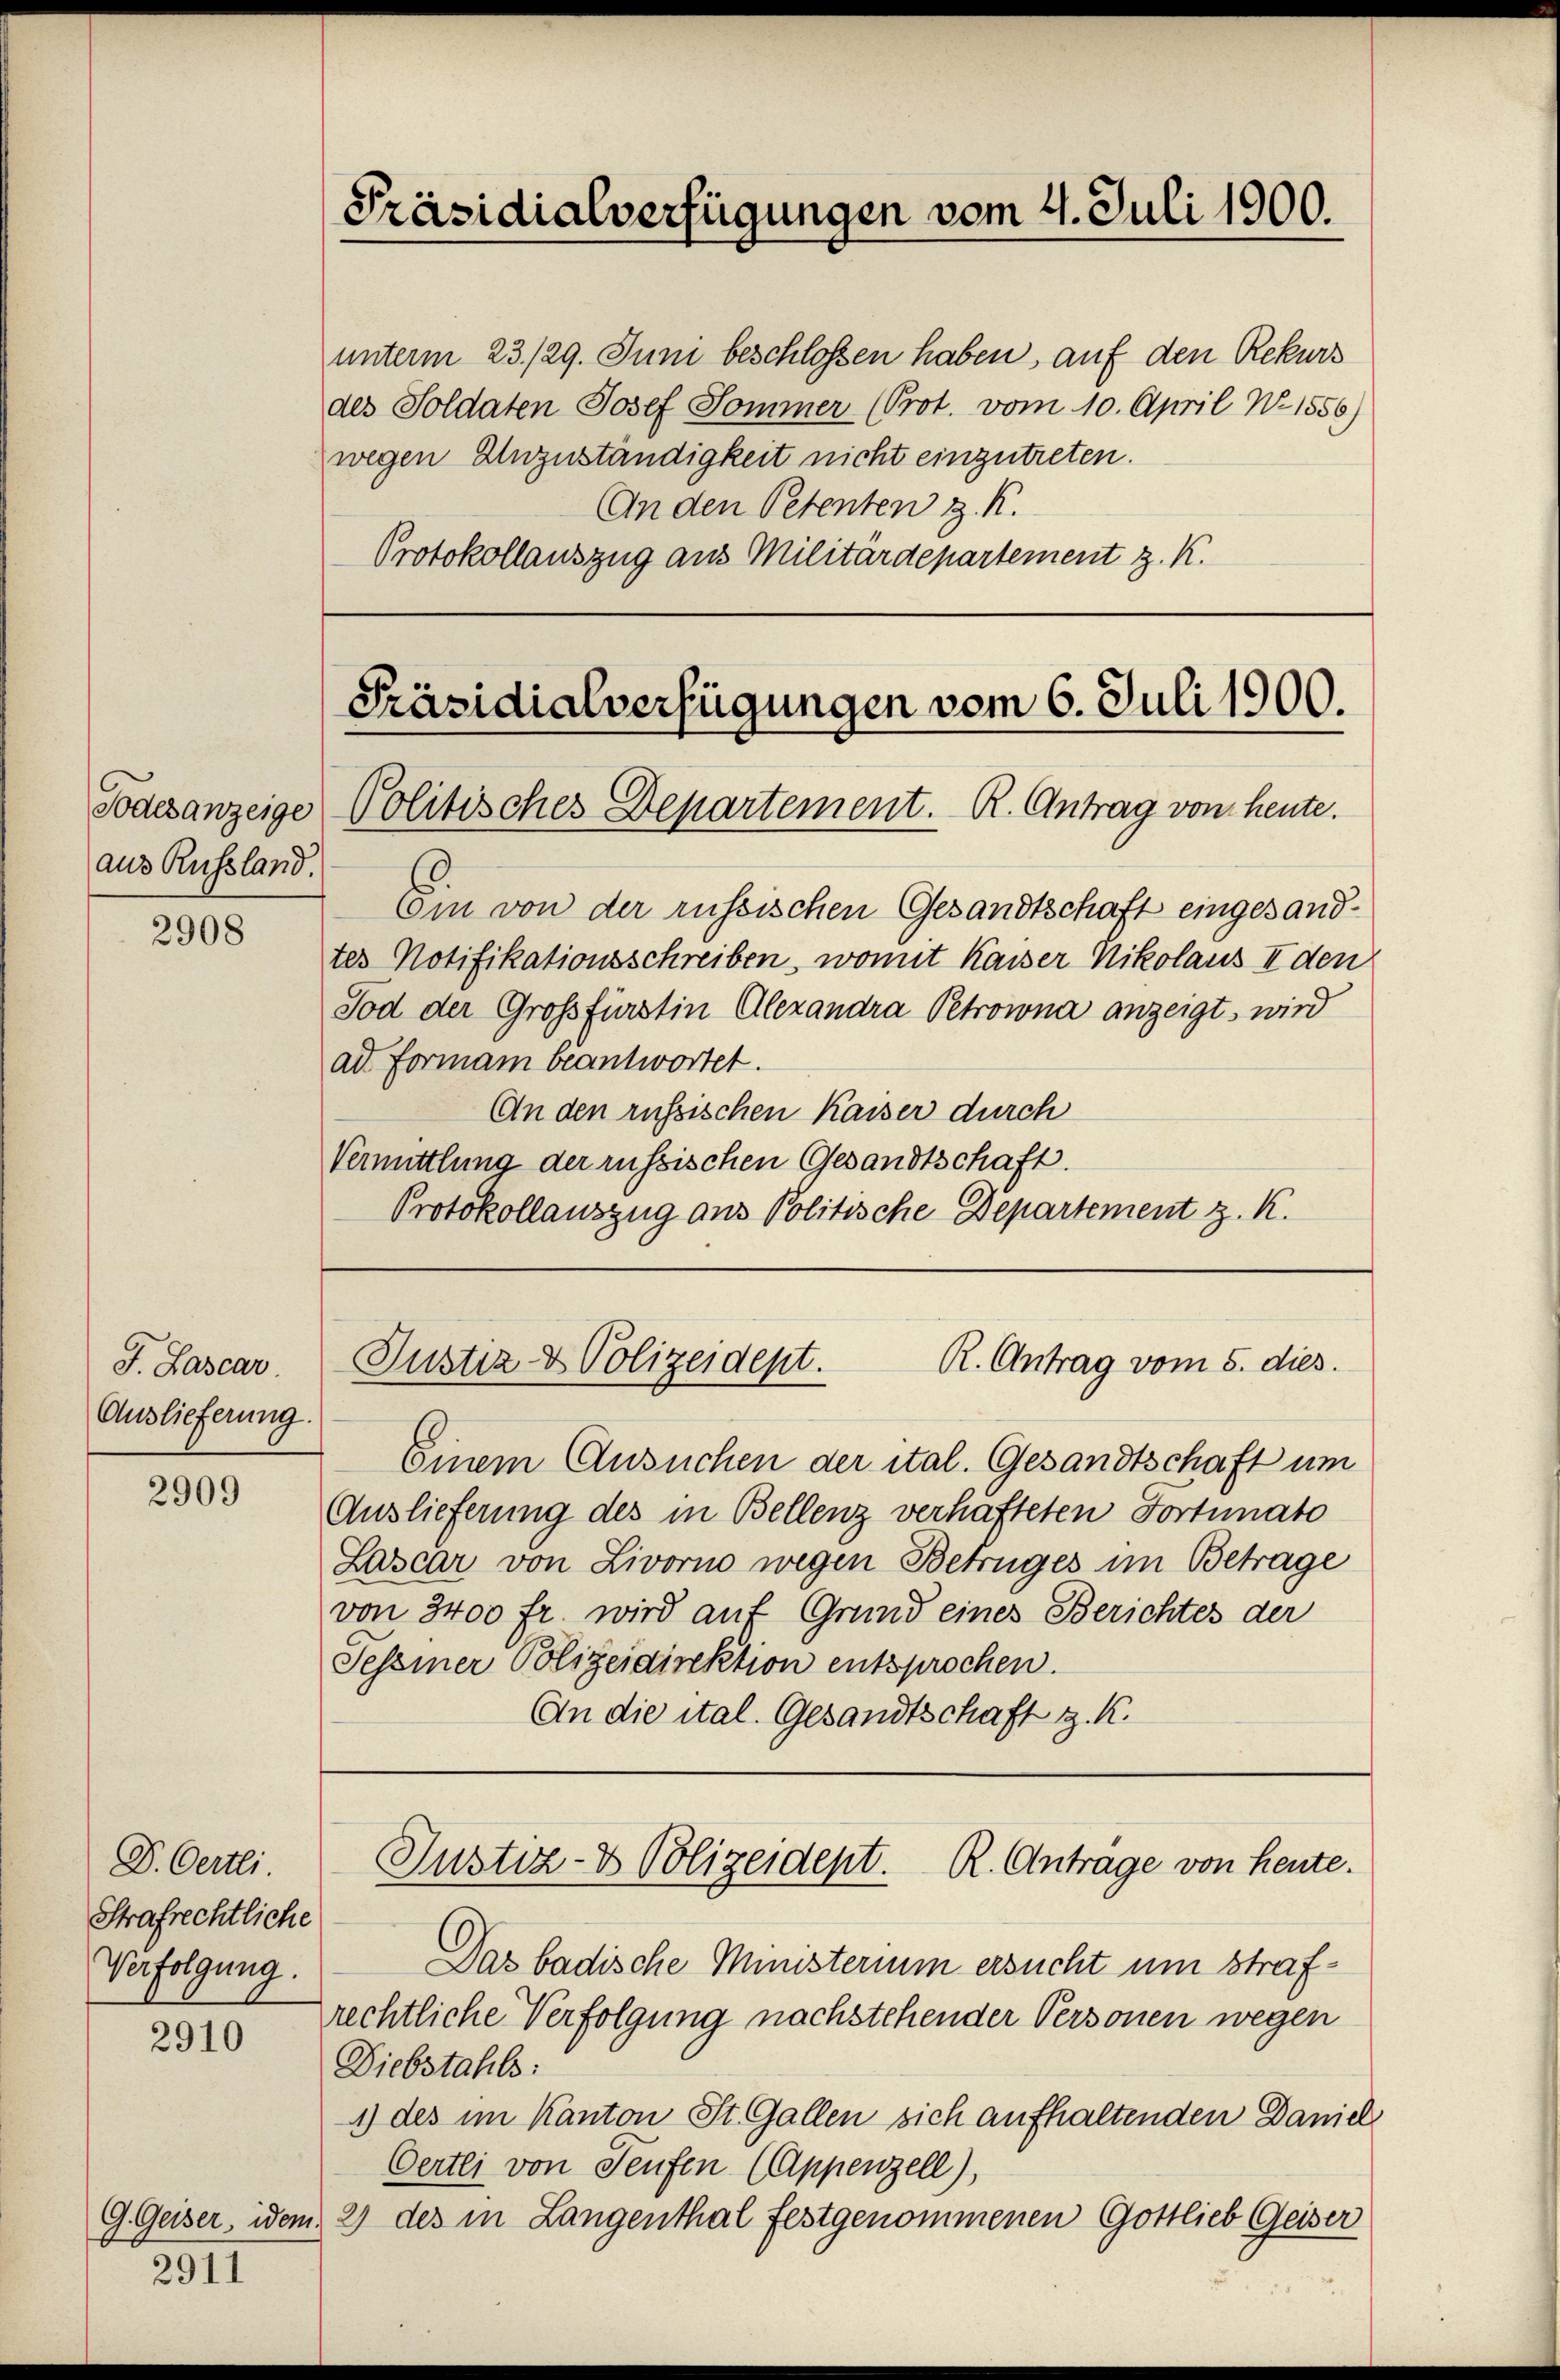
aus Russland.

2908

J. Lascar.
Auslieferung.

2909

D. Oertli.
Strafrechtliche
Verfolgung.

2910

2911

unterm 23./29. Juni beschlossen haben, auf den Rekurs
des Soldaten Josef Sommer (Prot. vom 10. April N. 1556)
wegen Unzuständigkeit nicht einzutreten.
An den Petenten z. K.
Protokollauszug aus Militärdepartement z. K.

Präsidialverfügungen vom 4. Juli 1900.

Präsidialverfügungen vom 6. Juli 1900.
Todesanzeige Politisches Departement. R. Antrag von heute.

Ein von der russischen Gesandtschaft eingesandtes Notifikationsschreiben, womit Kaiser Nikolaus Eden
Tod der Großfürstin Alexandra Petrowna anzeigt, wird
ad Formann beantwortet.
An den russischen Kaiser durch
Vermittlung der russischen Gesandtschaft.
Protokollauszug aus Politische Departement z. K.

Justiz- & Polizeidept.
R. Antrag vom 5. dies

Einem Ansuchen der ital. Gesandtschaft um
Auslieferung des in Bellenz verhafteten Fortunato
Lascar von Livorno wegen Betruges im Betrage
von 3400 fr. wird auf Grund eines Berichtes der
Tessiner Polizeidirektion entsprochen.
An die ital. Gesandtschaft z. K.

Justiz- & Polizeidept. R. Antrage von heute.

Das badische Ministerium ersucht um strafrechtliche Verfolgung nachstehender Personen wegen
Diebstahls:
1) des im Kanton St. Gallen sich aufhaltenden Daniel
Oertli von Teufen (Appenzell),
G. Geiser, idem 2) des in Langenthal festgenommenen Gottlieb Geiser